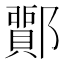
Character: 𨞵